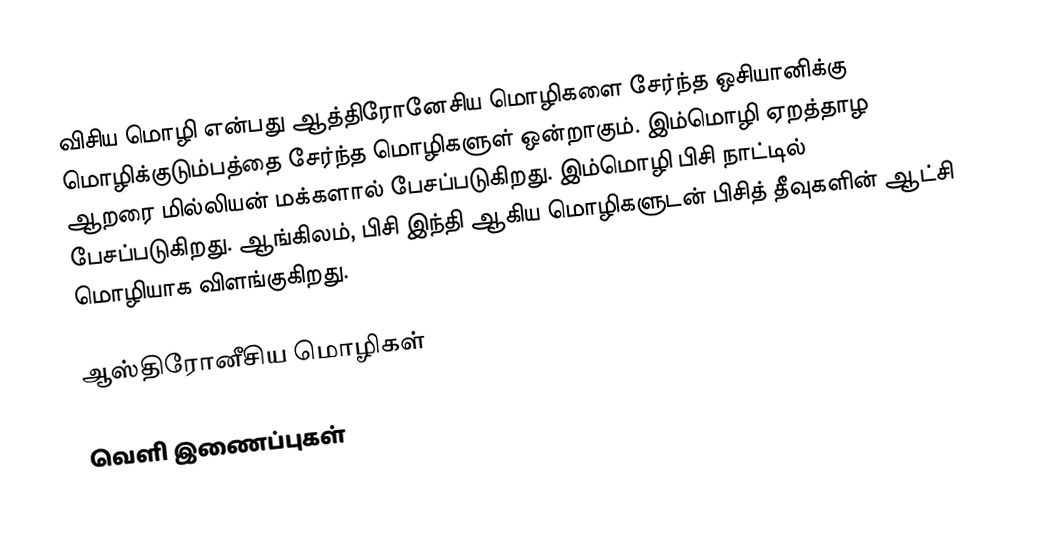
விசிய மொழி என்பது ஆத்திரோனேசிய மொழிகளை சேர்ந்த ஒசியானிக்கு மொழிக்குடும்பத்தை சேர்ந்த மொழிகளுள் ஒன்றாகும். இம்மொழி ஏறத்தாழ ஆறரை மில்லியன் மக்களால் பேசப்படுகிறது. இம்மொழி பிசி நாட்டில் பேசப்படுகிறது. ஆங்கிலம், பிசி இந்தி ஆகிய மொழிகளுடன் பிசித் தீவுகளின் ஆட்சி மொழியாக விளங்குகிறது.

ஆஸ்திரோனீசிய மொழிகள்

வெளி இணைப்புகள்